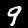
Digit: 9